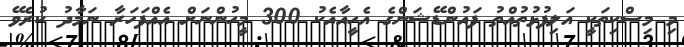
މި މިސްކިތަކީ އަލިފުޅުތުއްތު ފައުންޑޭޝަންގެ އެހީއާއެކު 300 މީހުންނަށް އެއްފަހަރާ ނަމާދު ކުރެވޭ